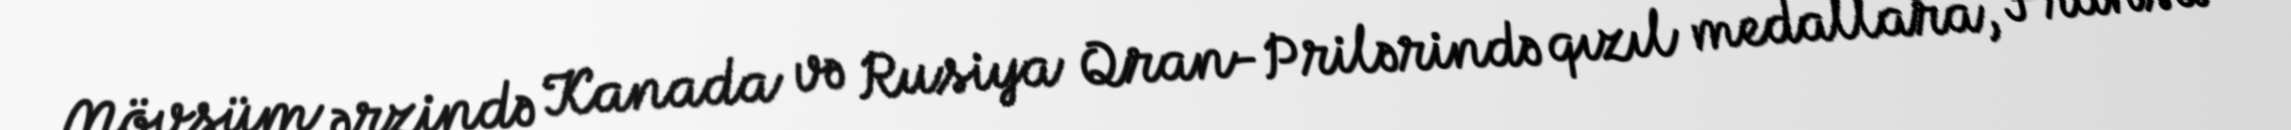
Mövsüm ərzində Kanada və Rusiya Qran-Prilərində qızıl medallara, Fransa